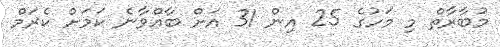
މުބާރާތް މި މަހުގެ 25 އިން 31 އަށް ބާއްވާނެ ކަމަށް ކެރަމް